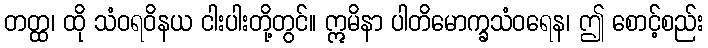
တတ္ထ၊ ထို သံဝရဝိနယ ငါးပါးတို့တွင်။ ဣမိနာ ပါတိမောက္ခသံဝရေန၊ ဤ စောင့်စည်း